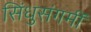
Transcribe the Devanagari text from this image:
सिंधुसंगमीं